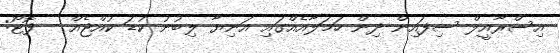
އިސްރާއީލް ސިފައިން ދިން ހަމަލާއެއްގައި އަނިޔާ ލިބުނު ކުޑަ ކުއްޖެއް - ފޮޓޯ: